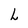
Character: L